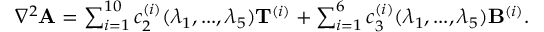
\begin{array} { r } { \begin{array} { r } { \nabla ^ { 2 } { \mathbf { A } } = \sum _ { i = 1 } ^ { 1 0 } c _ { 2 } ^ { ( i ) } ( \lambda _ { 1 } , . . . , \lambda _ { 5 } ) { \mathbf { T } } ^ { ( i ) } + \sum _ { i = 1 } ^ { 6 } c _ { 3 } ^ { ( i ) } ( \lambda _ { 1 } , . . . , \lambda _ { 5 } ) { \mathbf { B } } ^ { ( i ) } . } \end{array} } \end{array}